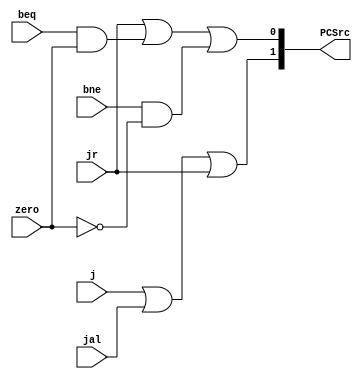
module PCSrcGen(j,jal,jr,beq,bne,zero,PCSrc);
input j;
input jal;
input jr;
input beq;
input bne;
input zero;
output [1:0]PCSrc;
	wire MSB,LSB;
	assign MSB=j|jal|jr;
	assign LSB=jr|(beq&zero)|(bne&~zero);
	assign PCSrc={MSB,LSB};
endmodule